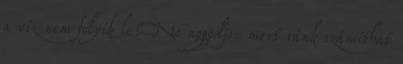
a víz nem folyik le.Ne aggodjon mert ránk számíthat